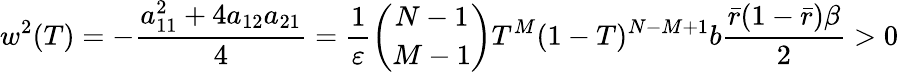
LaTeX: w^{2}(T)=-\frac{a_{11}^{2}+4a_{12}a_{21}}{4}=\frac{1}{\varepsilon}\binom{N-1}{M-1}T^{M}(1-T)^{N-M+1}b\frac{\bar{r}(1-\bar{r})\beta}{2}>0